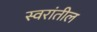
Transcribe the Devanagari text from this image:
स्वरांतील